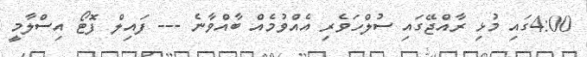
4:00ގައި މުޅި ރާއްޖޭގައި ސުލްހަވެރި އެއްވުމެއް ބާއްވާނެ --- ފައިލް ފޮޓޯ އިސްލާމީ